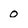
Character: 0